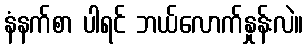
နံနက်စာ ပါရင် ဘယ်လောက်နှုန်းလဲ။